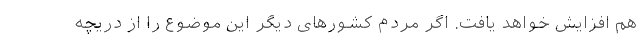
هم افزایش خواهد یافت. اگر مردم کشورهای دیگر این موضوع را از دریچه